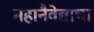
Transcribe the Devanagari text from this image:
महानैवेद्याचा